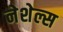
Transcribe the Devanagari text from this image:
नेशेल्स